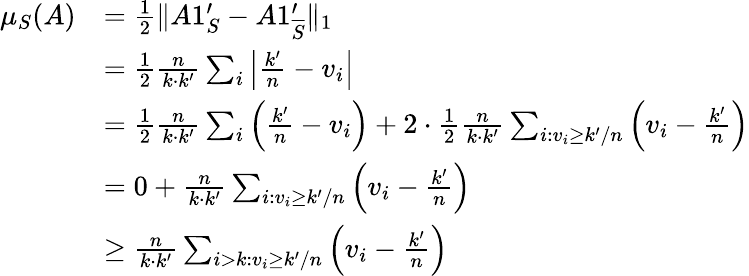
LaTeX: \begin{array}{rl}{\mu_{S}(A)}&{=\frac{1}{2}\| A1_{S}^{\prime}-A1_{\overline{{S}}}^{\prime}\| _{1}}\\ &{=\frac{1}{2}\frac{n}{k\cdot k^{\prime}}\sum_{i}\left|\frac{k^{\prime}}{n}-v_{i}\right|}\\ &{=\frac{1}{2}\frac{n}{k\cdot k^{\prime}}\sum_{i}\left(\frac{k^{\prime}}{n}-v_{i}\right)+2\cdot\frac{1}{2}\frac{n}{k\cdot k^{\prime}}\sum_{i:v_{i}\geq k^{\prime}/n}\left(v_{i}-\frac{k^{\prime}}{n}\right)}\\ &{=0+\frac{n}{k\cdot k^{\prime}}\sum_{i:v_{i}\geq k^{\prime}/n}\left(v_{i}-\frac{k^{\prime}}{n}\right)}\\ &{\geq\frac{n}{k\cdot k^{\prime}}\sum_{i>k:v_{i}\geq k^{\prime}/n}\left(v_{i}-\frac{k^{\prime}}{n}\right)}\end{array}